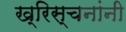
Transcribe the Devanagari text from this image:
ख्रिस्चनांनी